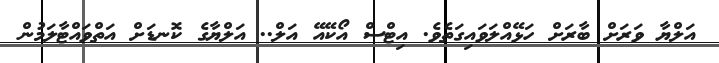
އަލްޔާ ވަރަށް ބާރަށް ހަޅޭއްލަވައިގަތެވެ. އިޓްސް އޯކޭއޭ އަލް.. އަލްޔާގެ ކޮނޑަށް އަތްވައްޓާލަމުން